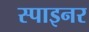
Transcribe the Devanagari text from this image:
स्पाइनर